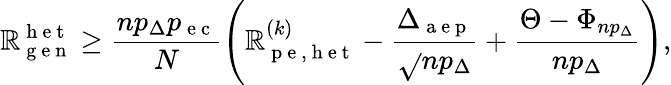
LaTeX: \mathbb{R}_{\mathrm{{~g~e~n~}}}^{\mathrm{{~h~e~t~}}}\geq\frac{{np_{\Delta}p_{\mathrm{{~e~c~}}}}}{{N}}\left(\mathbb{R}_{\mathrm{{~p~e~,~h~e~t~}}}^{(k)}-\frac{{\Delta_{\mathrm{{~a~e~p~}}}}}{{\sqrt{}{{np_{\Delta}}}}}+\frac{{\Theta-\Phi_{np_{\Delta}}}}{{np_{\Delta}}}\right),